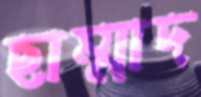
ছাম্মাদ